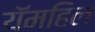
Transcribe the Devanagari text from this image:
यॅमहिल